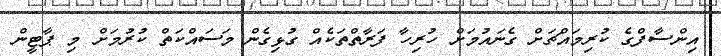
އިންސާފްގެ ކުރިމައްޗަށް ގެނައުމަށް ހުރިހާ ފަރާތްތަކެއް ގުޅިގެން މަސައްކަތް ކުރުމަށް މި ޕާޓީން